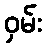
ဝှမ်း